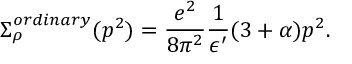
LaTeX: \Sigma _ { \rho } ^ { o r d i n a r y } ( p ^ { 2 } ) = { \frac { e ^ { 2 } } { 8 \pi ^ { 2 } } } { \frac { 1 } { \epsilon ^ { \prime } } } ( 3 + \alpha ) p ^ { 2 } .